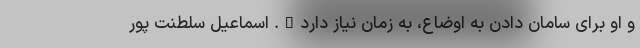
و او برای سامان دادن به اوضاع، به زمان نیاز دارد". اسماعیل سلطنت پور